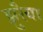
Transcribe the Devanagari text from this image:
झुरैया